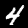
Label: 4